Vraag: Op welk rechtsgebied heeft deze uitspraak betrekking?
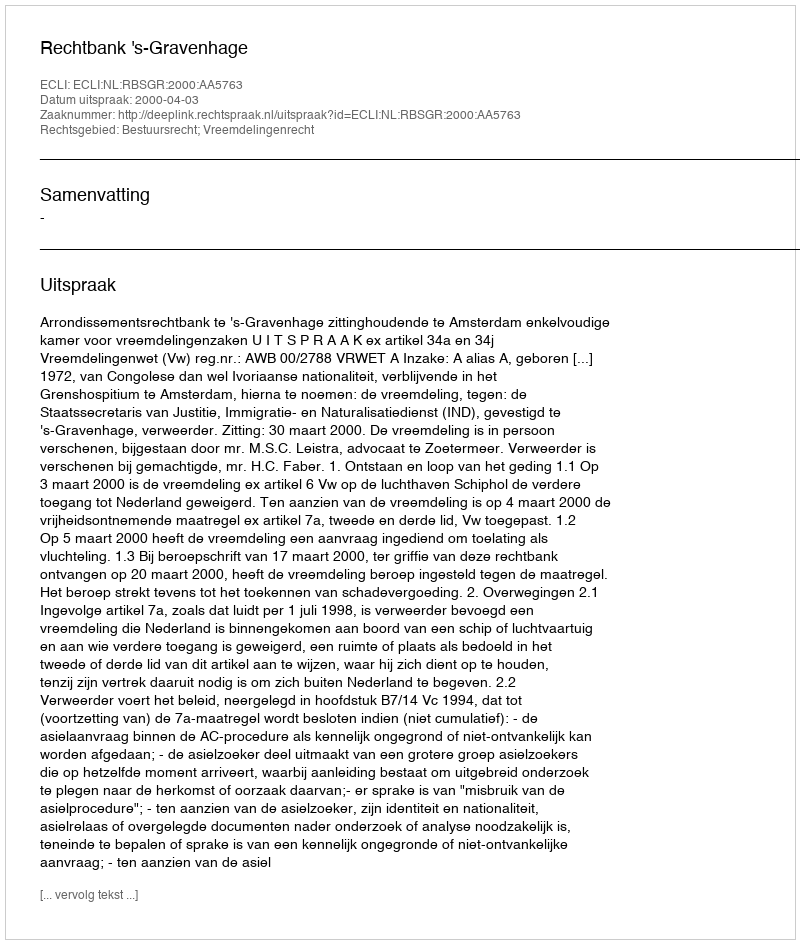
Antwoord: Bestuursrecht; Vreemdelingenrecht